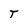
Character: T